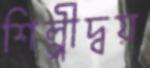
শিল্পীদ্বয়